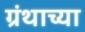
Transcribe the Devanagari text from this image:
ग्रंथाच्‍या